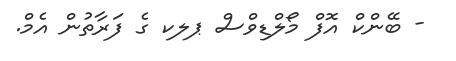
- ބޭންކް އޮފް މޯލްޑިވްސް ޕލކ ގެ ފަރާތުން އެމް.